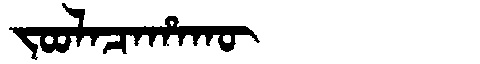
Manchu: ᠵᠣᠣᠯᠠᠴᠠᡥᠠᡴᡡ
Romanization: JOOLACAHAKŪ